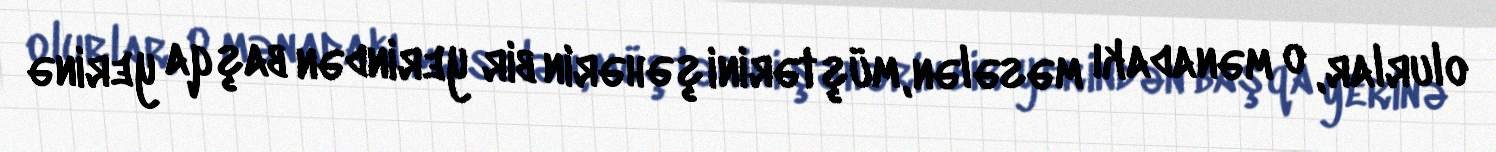
olurlar, o mənadakı məsələn, müştərini şəhərin bir yerindən başqa yerinə